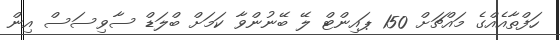
ހަފްތާއެއްގެ މައްޗަށް 150 ޕައިންޓް ލޭ ބޭނުންވާ ކަމަށް ބްލަޑް ސާވިސަސް އިން